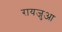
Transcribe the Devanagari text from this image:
रायजुआ